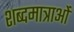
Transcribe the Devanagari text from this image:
शब्दमात्राओं